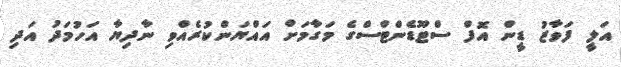
އަލީ ފަވާޒު ޑީން އޮފް ސްޓޫޑެންޓްސްގެ މަގާމަށް އައްޔަންކުރެއްވި ނާދިޔާ އަހުމަދު އަދި